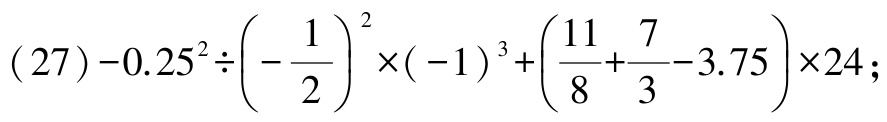
\((27)-0.25^{2}\div\left(-\frac{1}{2}\right)^{2}\times(-1)^{3}+\left(\frac{11}{8}+\frac{7}{3}-3.75\right)\times24;\)